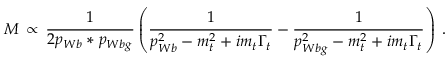
{ \cal { M } } \, \propto \, { \frac { 1 } { 2 p _ { W b } * p _ { W b g } } } \left( { \frac { 1 } { p _ { W b } ^ { 2 } - m _ { t } ^ { 2 } + i m _ { t } \Gamma _ { t } } } - { \frac { 1 } { p _ { W b g } ^ { 2 } - m _ { t } ^ { 2 } + i m _ { t } \Gamma _ { t } } } \right) \; .